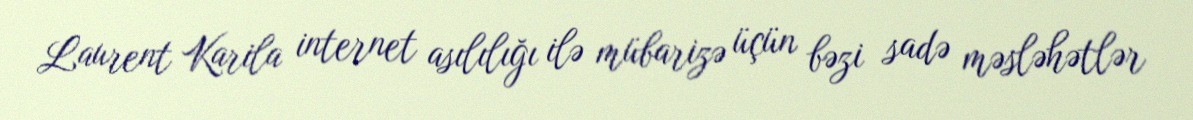
Laurent Karila internet asılılığı ilə mübarizə üçün bəzi sadə məsləhətlər